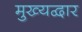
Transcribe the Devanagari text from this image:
मुख्‍यद्वार